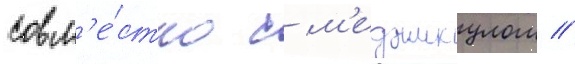
совм'е́стно с м'еджикулом //